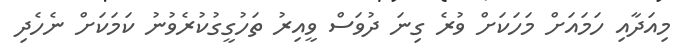
މިއަދާއި ހަމައަށް މަހަކަށް ވުރެ ގިނަ ދުވަސް ވީއިރު ތަހުގީގުކުރެވުނު ކަމަކަށް ނެހެދި